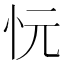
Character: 忨